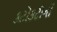
કટોકટીની